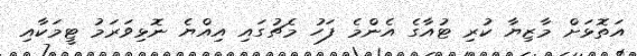
އަތޮޅަށް މާޒިޔާ ކުރި ޓުއާގެ އެންމެ ފަހު މެޗުގައި އިއްޔެ ނޮޅިވަރަމު ޓީމަކާއި